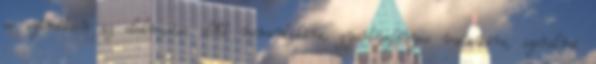
se számítson az elolvasása előtt romantikára, gyertyafényes vacsorára, szerelmi